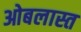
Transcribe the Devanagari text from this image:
ओबलास्त